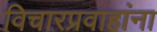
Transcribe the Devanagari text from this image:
विचारप्रवाहांना